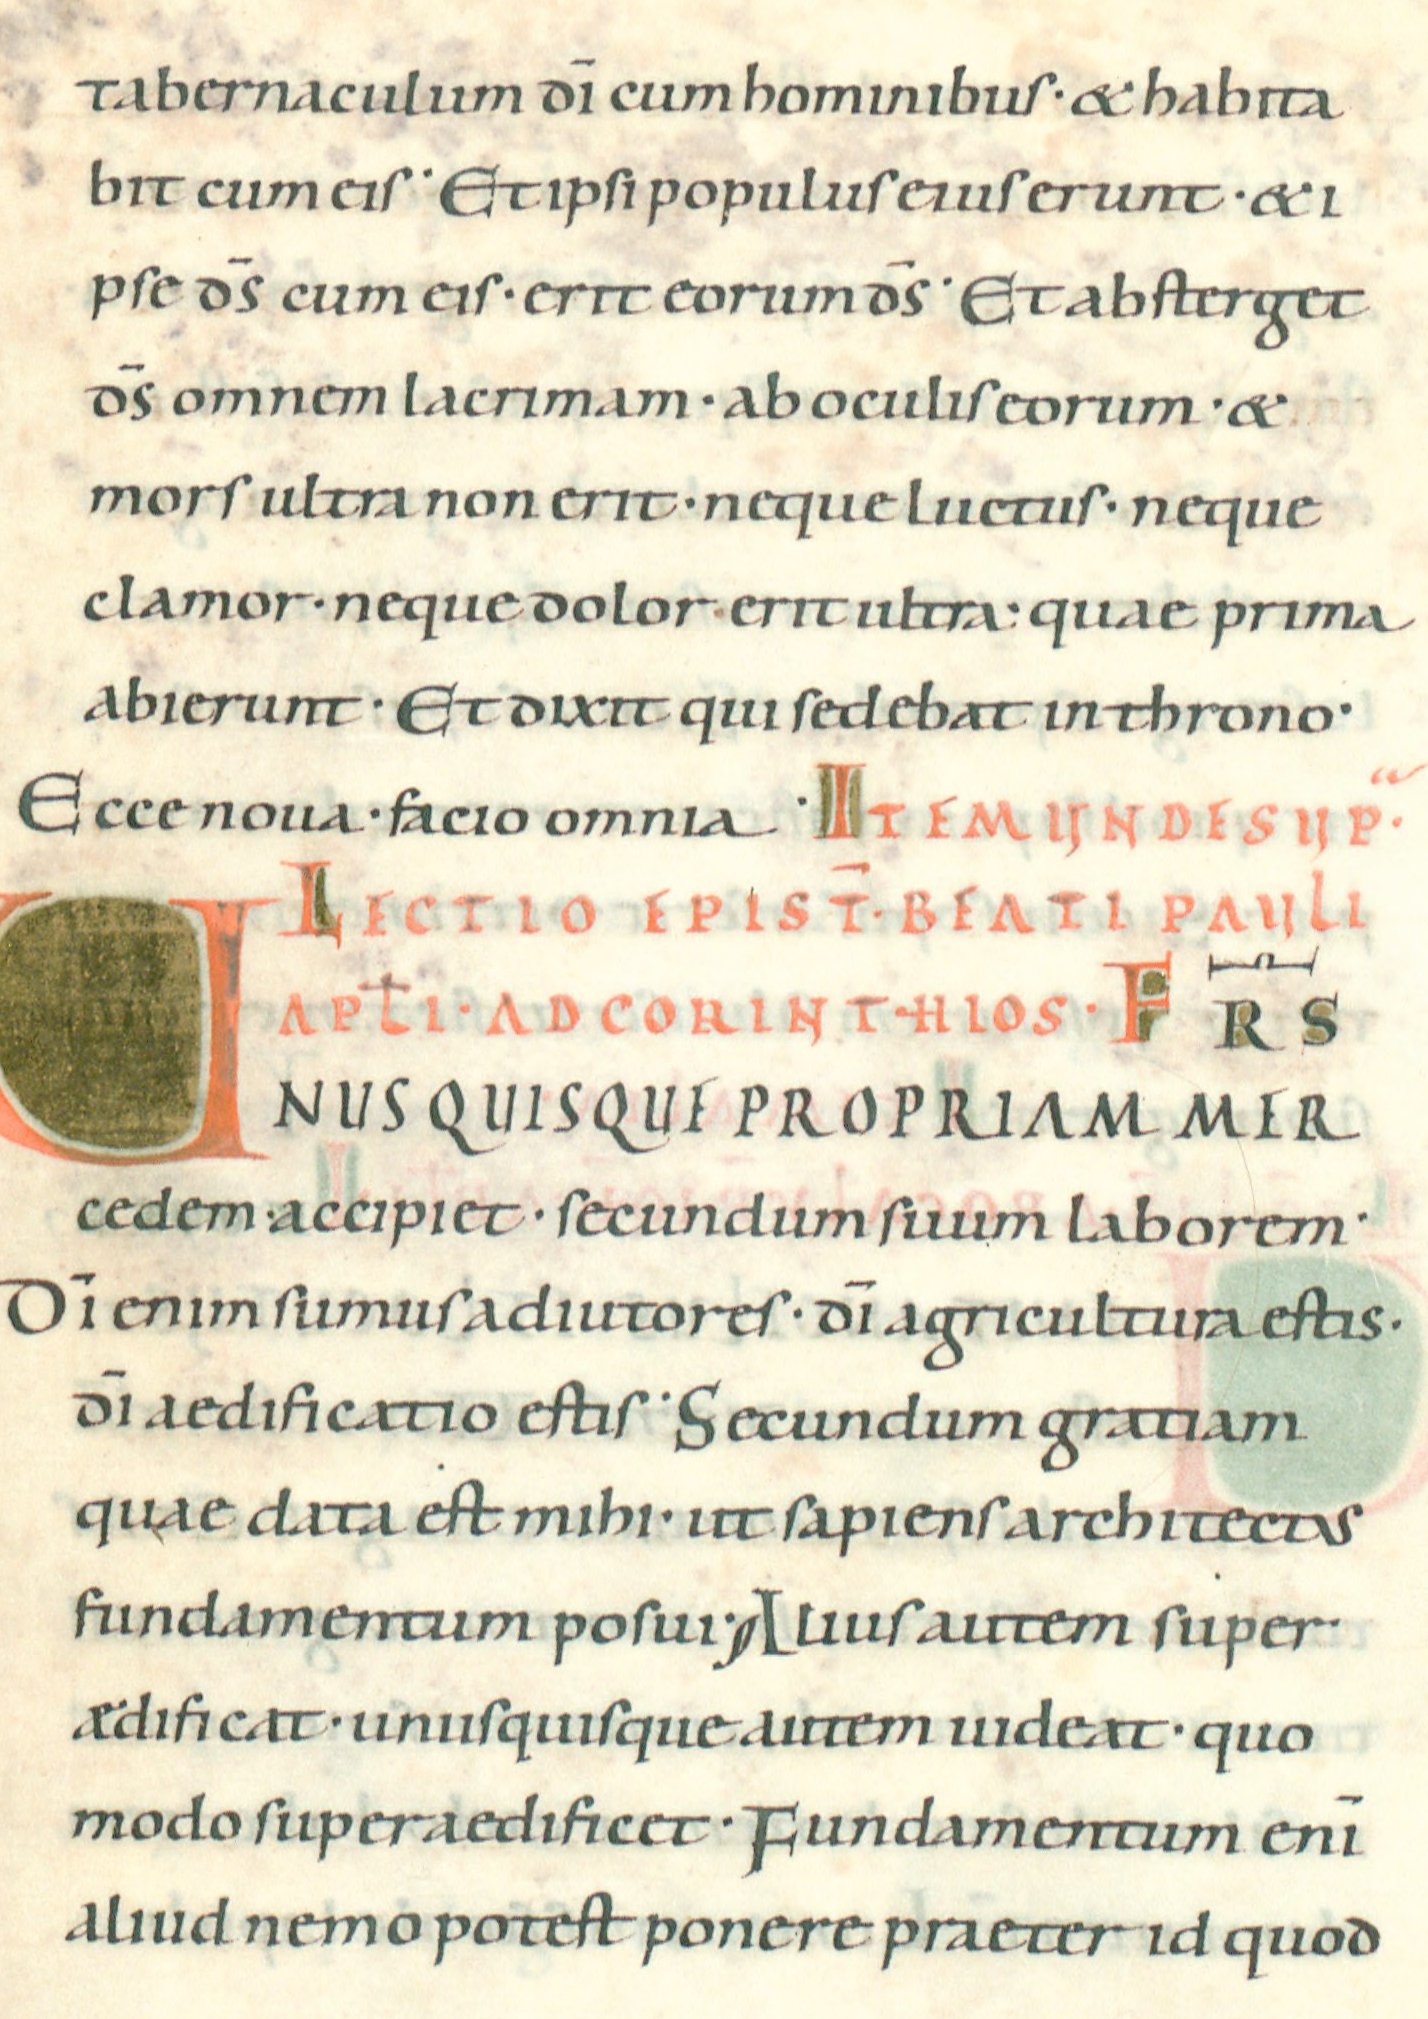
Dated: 1022–1036